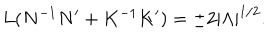
LaTeX: L ( N ^ { - 1 } N ^ { \prime } + K ^ { - 1 } K ^ { \prime } ) = \pm 2 | \Lambda | ^ { 1 / 2 } .